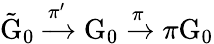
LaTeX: \tilde{\mathrm{G}}_{0}\xrightarrow{\pi^{\prime}}\mathrm{G}_{0}\xrightarrow{\pi}\pi\mathrm{G}_{0}